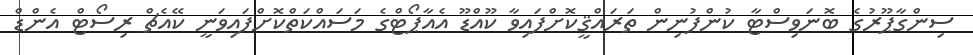
ސިންގާޕޫރުގެ ބޮނަވިސްޓާ ކުންފުނިން ތަރައްޤީކޮށްފައިވާ ކޫއްޑޫ އެއާޕޯޓްގެ މަސައްކަތްކޮށްފައިވަނީ ކޭއެޗް ރިސޯޓް އެންޑް